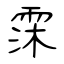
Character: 霂